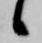
候